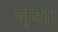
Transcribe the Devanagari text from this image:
जुवा।